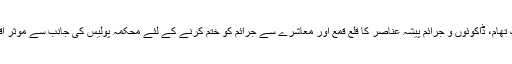
سندھ میں بھی جرائم کی روک تھام، ڈاکوئوں و جرائم پیشہ عناصر کا قلع قمع اور معاشرے سے جرائم کو ختم کرنے کے لئے محکمہ پولیس کی جانب سے موثر اقدامات دیکھنے میں آرہے ہیں۔